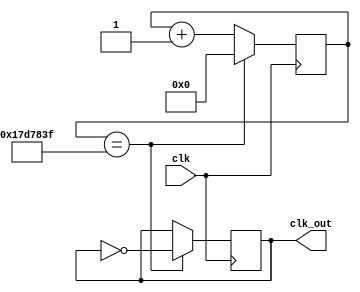
module clk_div(clk,clk_out);
	parameter n = 24999999;
	input clk;
	output clk_out;
	reg clk_out;
	reg [25:0]cnt;
	wire rst;
	assign rst=0;

	always @(posedge clk )
	if(rst==1)
		begin
		cnt <= 0;
		clk_out <= 0;
		end
	else if(cnt == n)
		begin
		cnt <= 0;
		clk_out <= ~clk_out;
		end
	else cnt <= cnt + 1'b1;

endmodule